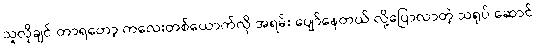
သူလိုချင် တာရတော့ ကလေးတစ်ယောက်လို အရမ်း ပျော်နေတယ် လို့ပြောလာတဲ့ သရုပ် ဆောင်